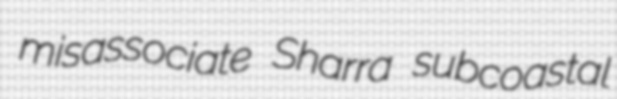
misassociate Sharra subcoastal